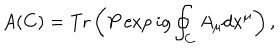
LaTeX: A ( C ) = \mathrm { T r } \left( P \exp i g \oint _ { C } A _ { \mu } d x ^ { \mu } \right) ,